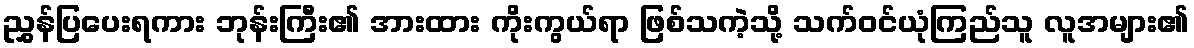
ညွှန်ပြပေးရကား ဘုန်းကြီး၏ အားထား ကိုးကွယ်ရာ ဖြစ်သကဲ့သို့ သက်ဝင်ယုံကြည်သူ လူအများ၏